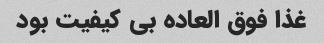
غذا فوق العاده بی کیفیت بود